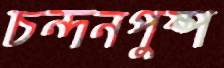
চন্দনপুষ্প